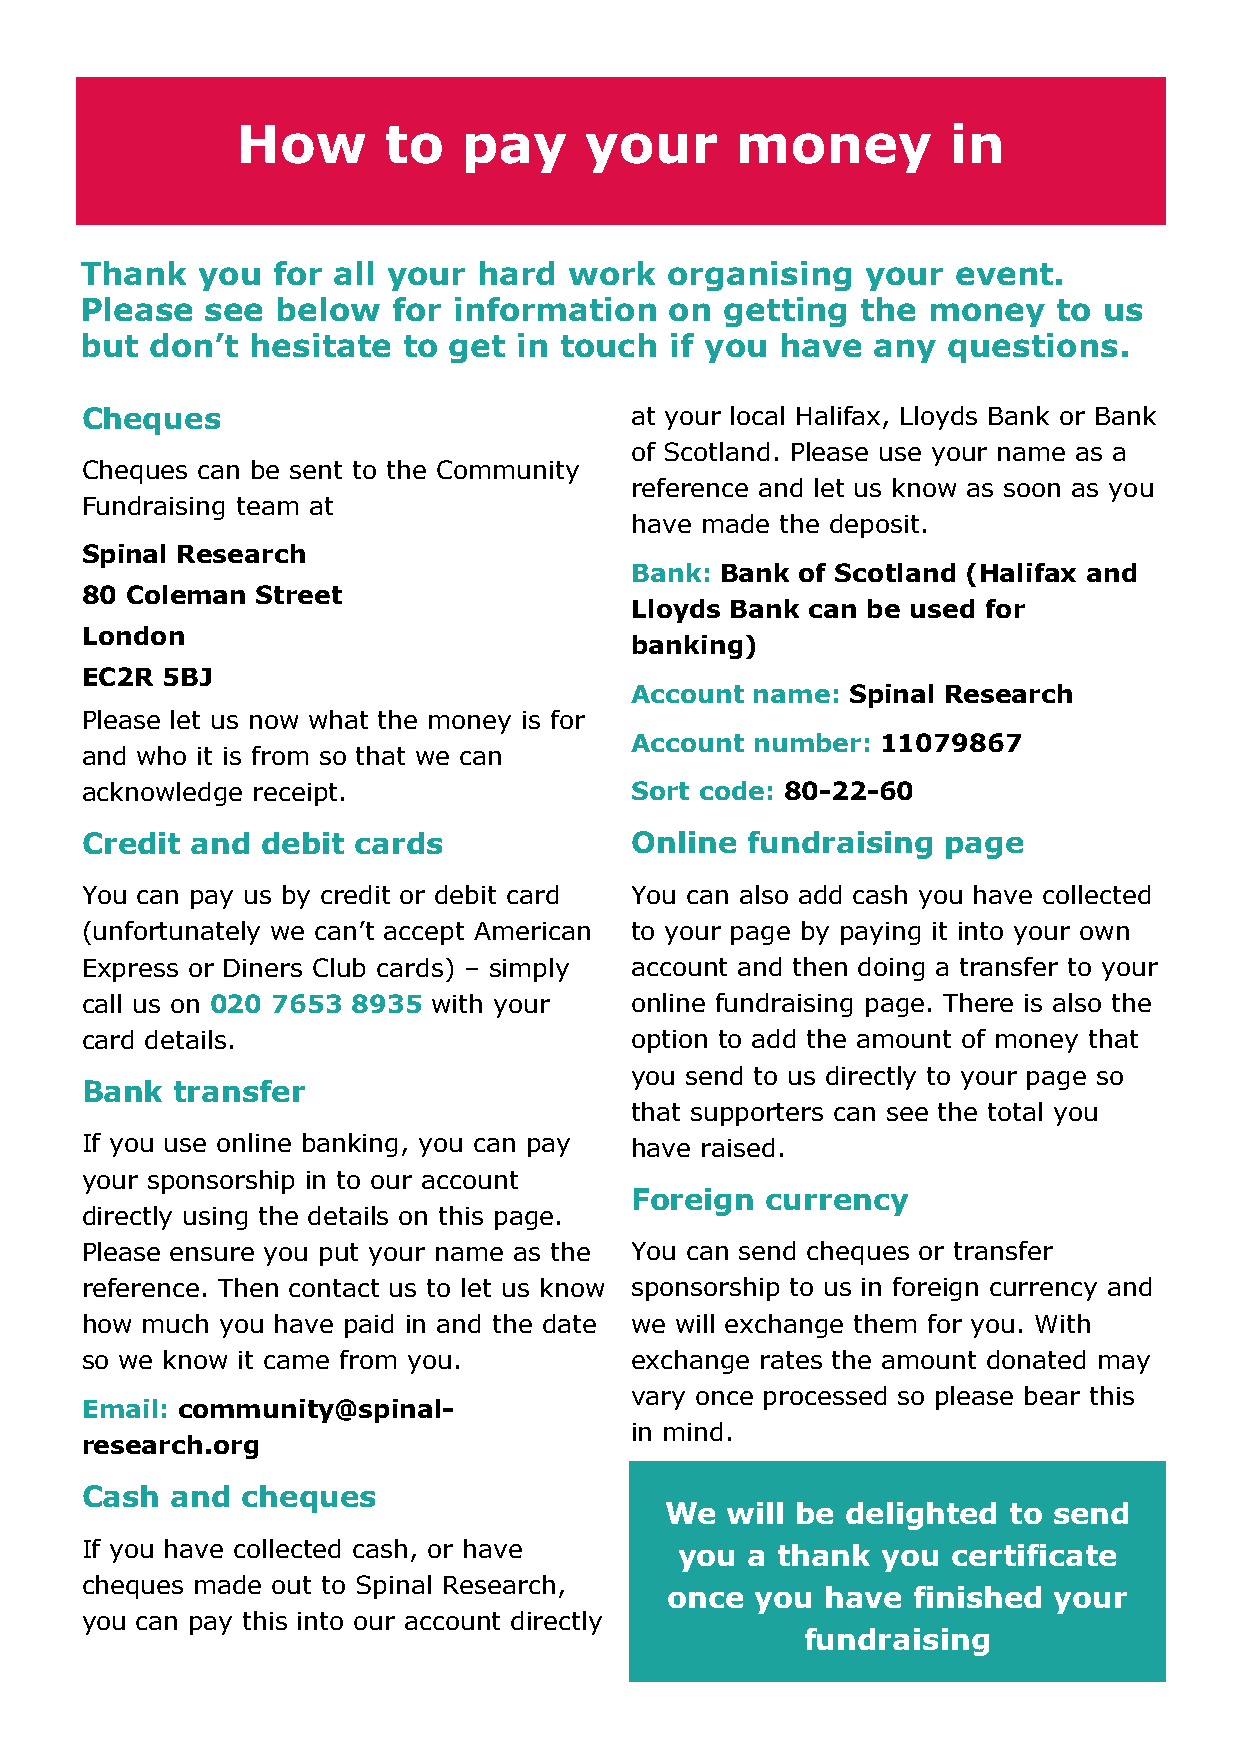
How      to    pay     your      money         in
 Thank   you  for all your  hard  work  organising   your  event.
 Please   see below   for information   on  getting  the money    to us
 but  don’t  hesitate  to get in touch  if you  have  any  questions.
 Cheques                              at your local Halifax, Lloyds Bank or Bank
 of Scotland. Please use your name as a
 Cheques can be sent to the Community
 reference and let us know as soon as you
 Fundraising team at
 have made the deposit.
 Spinal Research
 Bank: Bank of Scotland (Halifax and
 80 Coleman  Street
 Lloyds Bank can be used for
 London
 banking)
 EC2R  5BJ
 Account name: Spinal Research
 Please let us now what the money is for
 Account number: 11079867
 and who it is from so that we can
 acknowledge receipt.                 Sort code: 80-22-60
 Credit  and debit cards              Online fundraising  page
 You can pay us by credit or debit card You can also add cash you have collected
 (unfortunately we can’t accept American to your page by paying it into your own
 Express or Diners Club cards) – simply account and then doing a transfer to your
 call us on 020 7653 8935 with your   online fundraising page. There is also the
 card details.                        option to add the amount of money that
 you send to us directly to your page so
 Bank   transfer
 that supporters can see the total you
 If you use online banking, you can pay have raised.
 your sponsorship in to our account
 Foreign  currency
 directly using the details on this page.
 Please ensure you put your name as the You can send cheques or transfer
 reference. Then contact us to let us know sponsorship to us in foreign currency and
 how much  you have paid in and the date we will exchange them for you. With
 so we know it came from you.         exchange rates the amount donated may
 vary once processed so please bear this
 Email: community@spinal-
 in mind.
 research.org
 Cash  and  cheques
 We  will be delighted  to send
 If you have collected cash, or have     you a thank  you  certificate
 cheques made out to Spinal Research,
 once  you  have finished  your
 you can pay this into our account directly
 fundraising